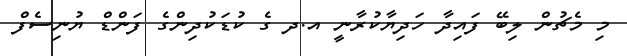
މި މެޗުން ލިބޭ ފައިދާ ހަދިޔާކުރާނީ އ.ދ ގެ ކުޑަކުދިންގެ ފަންޑް ޔުނިސެފް